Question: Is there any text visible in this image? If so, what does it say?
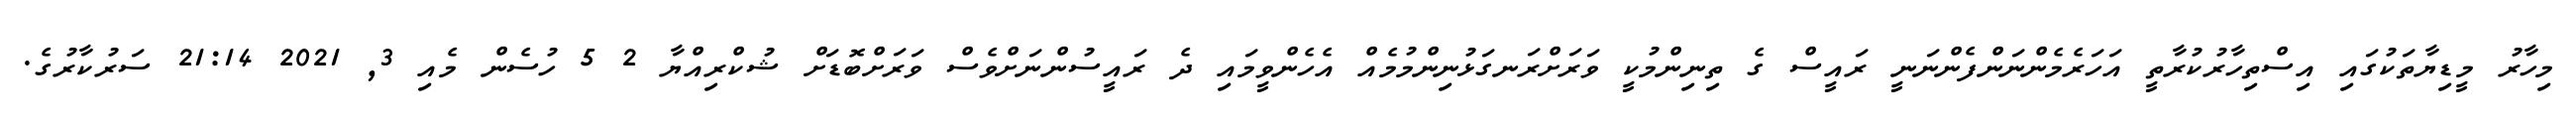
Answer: މިހާރު މީޑިޔާތަކުގައި އިސްތިހާރުކުރާތީ އަހަރެމެންނަންފެންނަނީ ރައީސް ގެ ތިނިންމުކީ ވަރަށްރަނގަޅުނިންމުމެއް އެހެންވީމައި ދެ ރައީސުންނަށްވެސް ވަރަށްބޮޑަށް ޝުކްރިއްޔާ 2 5 ހުސެން މެއި 3, 2021 21:14 ސަރުކާރުގެ.